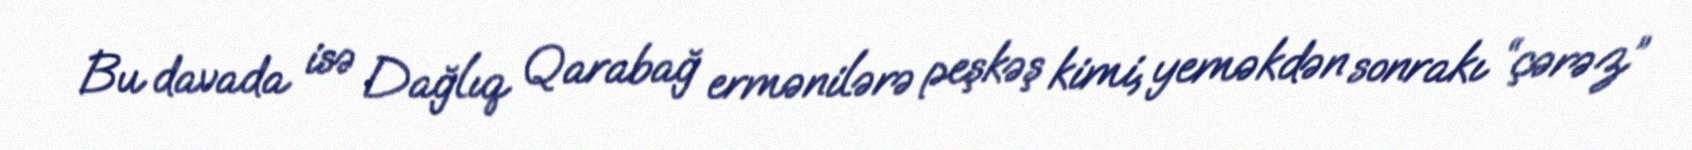
Bu davada isə Dağlıq Qarabağ ermənilərə peşkəş kimi, yeməkdən sonrakı “çərəz”